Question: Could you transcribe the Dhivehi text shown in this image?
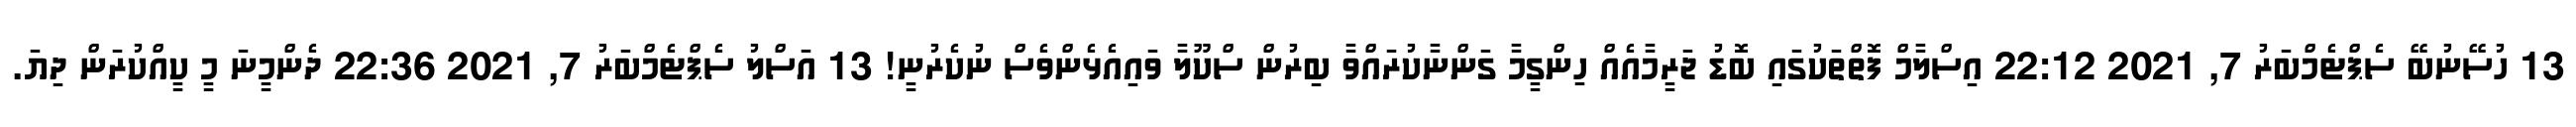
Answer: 13 ހުސޭނުބޭ ސެޕްޓެމްބަރު 7, 2021 22:12 އިސްލާމް ފޮތްތަކުގައި ބޮޑު ޖަރީމާއެއް ހިންގީމާ ގަންނާކުރައްވާ ބިރުން ސްކޫލާ ވައިއެޅެންވެސް ނުކެރުނީ! 13 އަސްލު ސެޕްޓެމްބަރު 7, 2021 22:36 ދެންމީނަ މީ ކީއްކުރަން ދިޔަ.